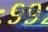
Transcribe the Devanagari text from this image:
ग्राटन